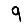
Digit: 9